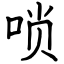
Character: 唢